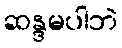
ဆန္ဒမပါဘဲ